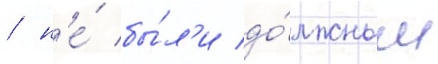
/ н'е́ бы́л'и до́лжным